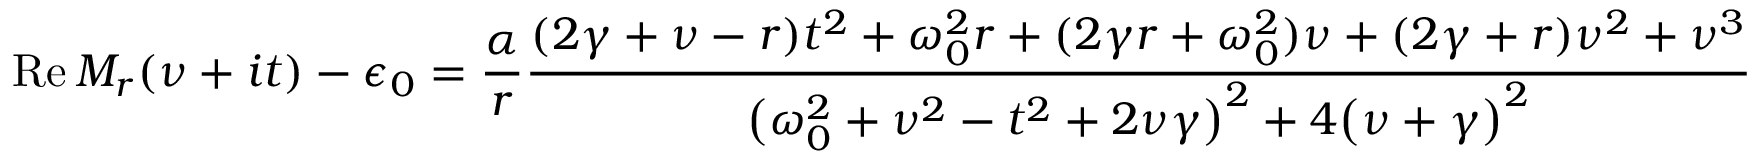
\operatorname { R e } M _ { r } ( \nu + i t ) - \epsilon _ { 0 } = \frac { \alpha } { r } \frac { ( 2 \gamma + \nu - r ) t ^ { 2 } + \omega _ { 0 } ^ { 2 } r + ( 2 \gamma r + \omega _ { 0 } ^ { 2 } ) \nu + ( 2 \gamma + r ) \nu ^ { 2 } + \nu ^ { 3 } } { \bigl ( \omega _ { 0 } ^ { 2 } + \nu ^ { 2 } - t ^ { 2 } + 2 \nu \gamma \bigr ) ^ { 2 } + 4 \bigl ( \nu + \gamma \bigr ) ^ { 2 } }